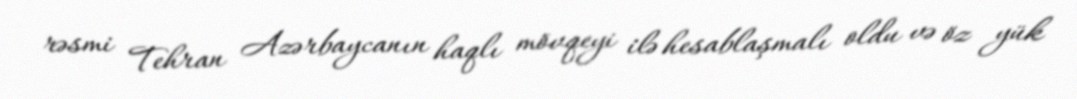
rəsmi Tehran Azərbaycanın haqlı mövqeyi ilə hesablaşmalı oldu və öz yük